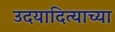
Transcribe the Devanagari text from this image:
उदयादित्याच्या